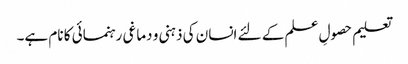
تعلیم حصولِ علم کے لئے انسان کی ذہنی و دماغی رہنمائی کا نام ہے۔